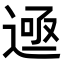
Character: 𬨲